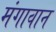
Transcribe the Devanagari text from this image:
मंगावान